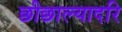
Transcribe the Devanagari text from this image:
छीछाल्यादरि